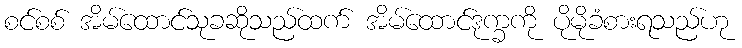
စင်စစ် အိမ်ထောင်သုခဆိုသည်ထက် အိမ်ထောင်ဒုက္ခကို ပိုမိုခံစားရသည်ဟု